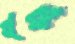
নূরু